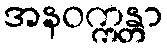
အနဝက္ကန္တာ